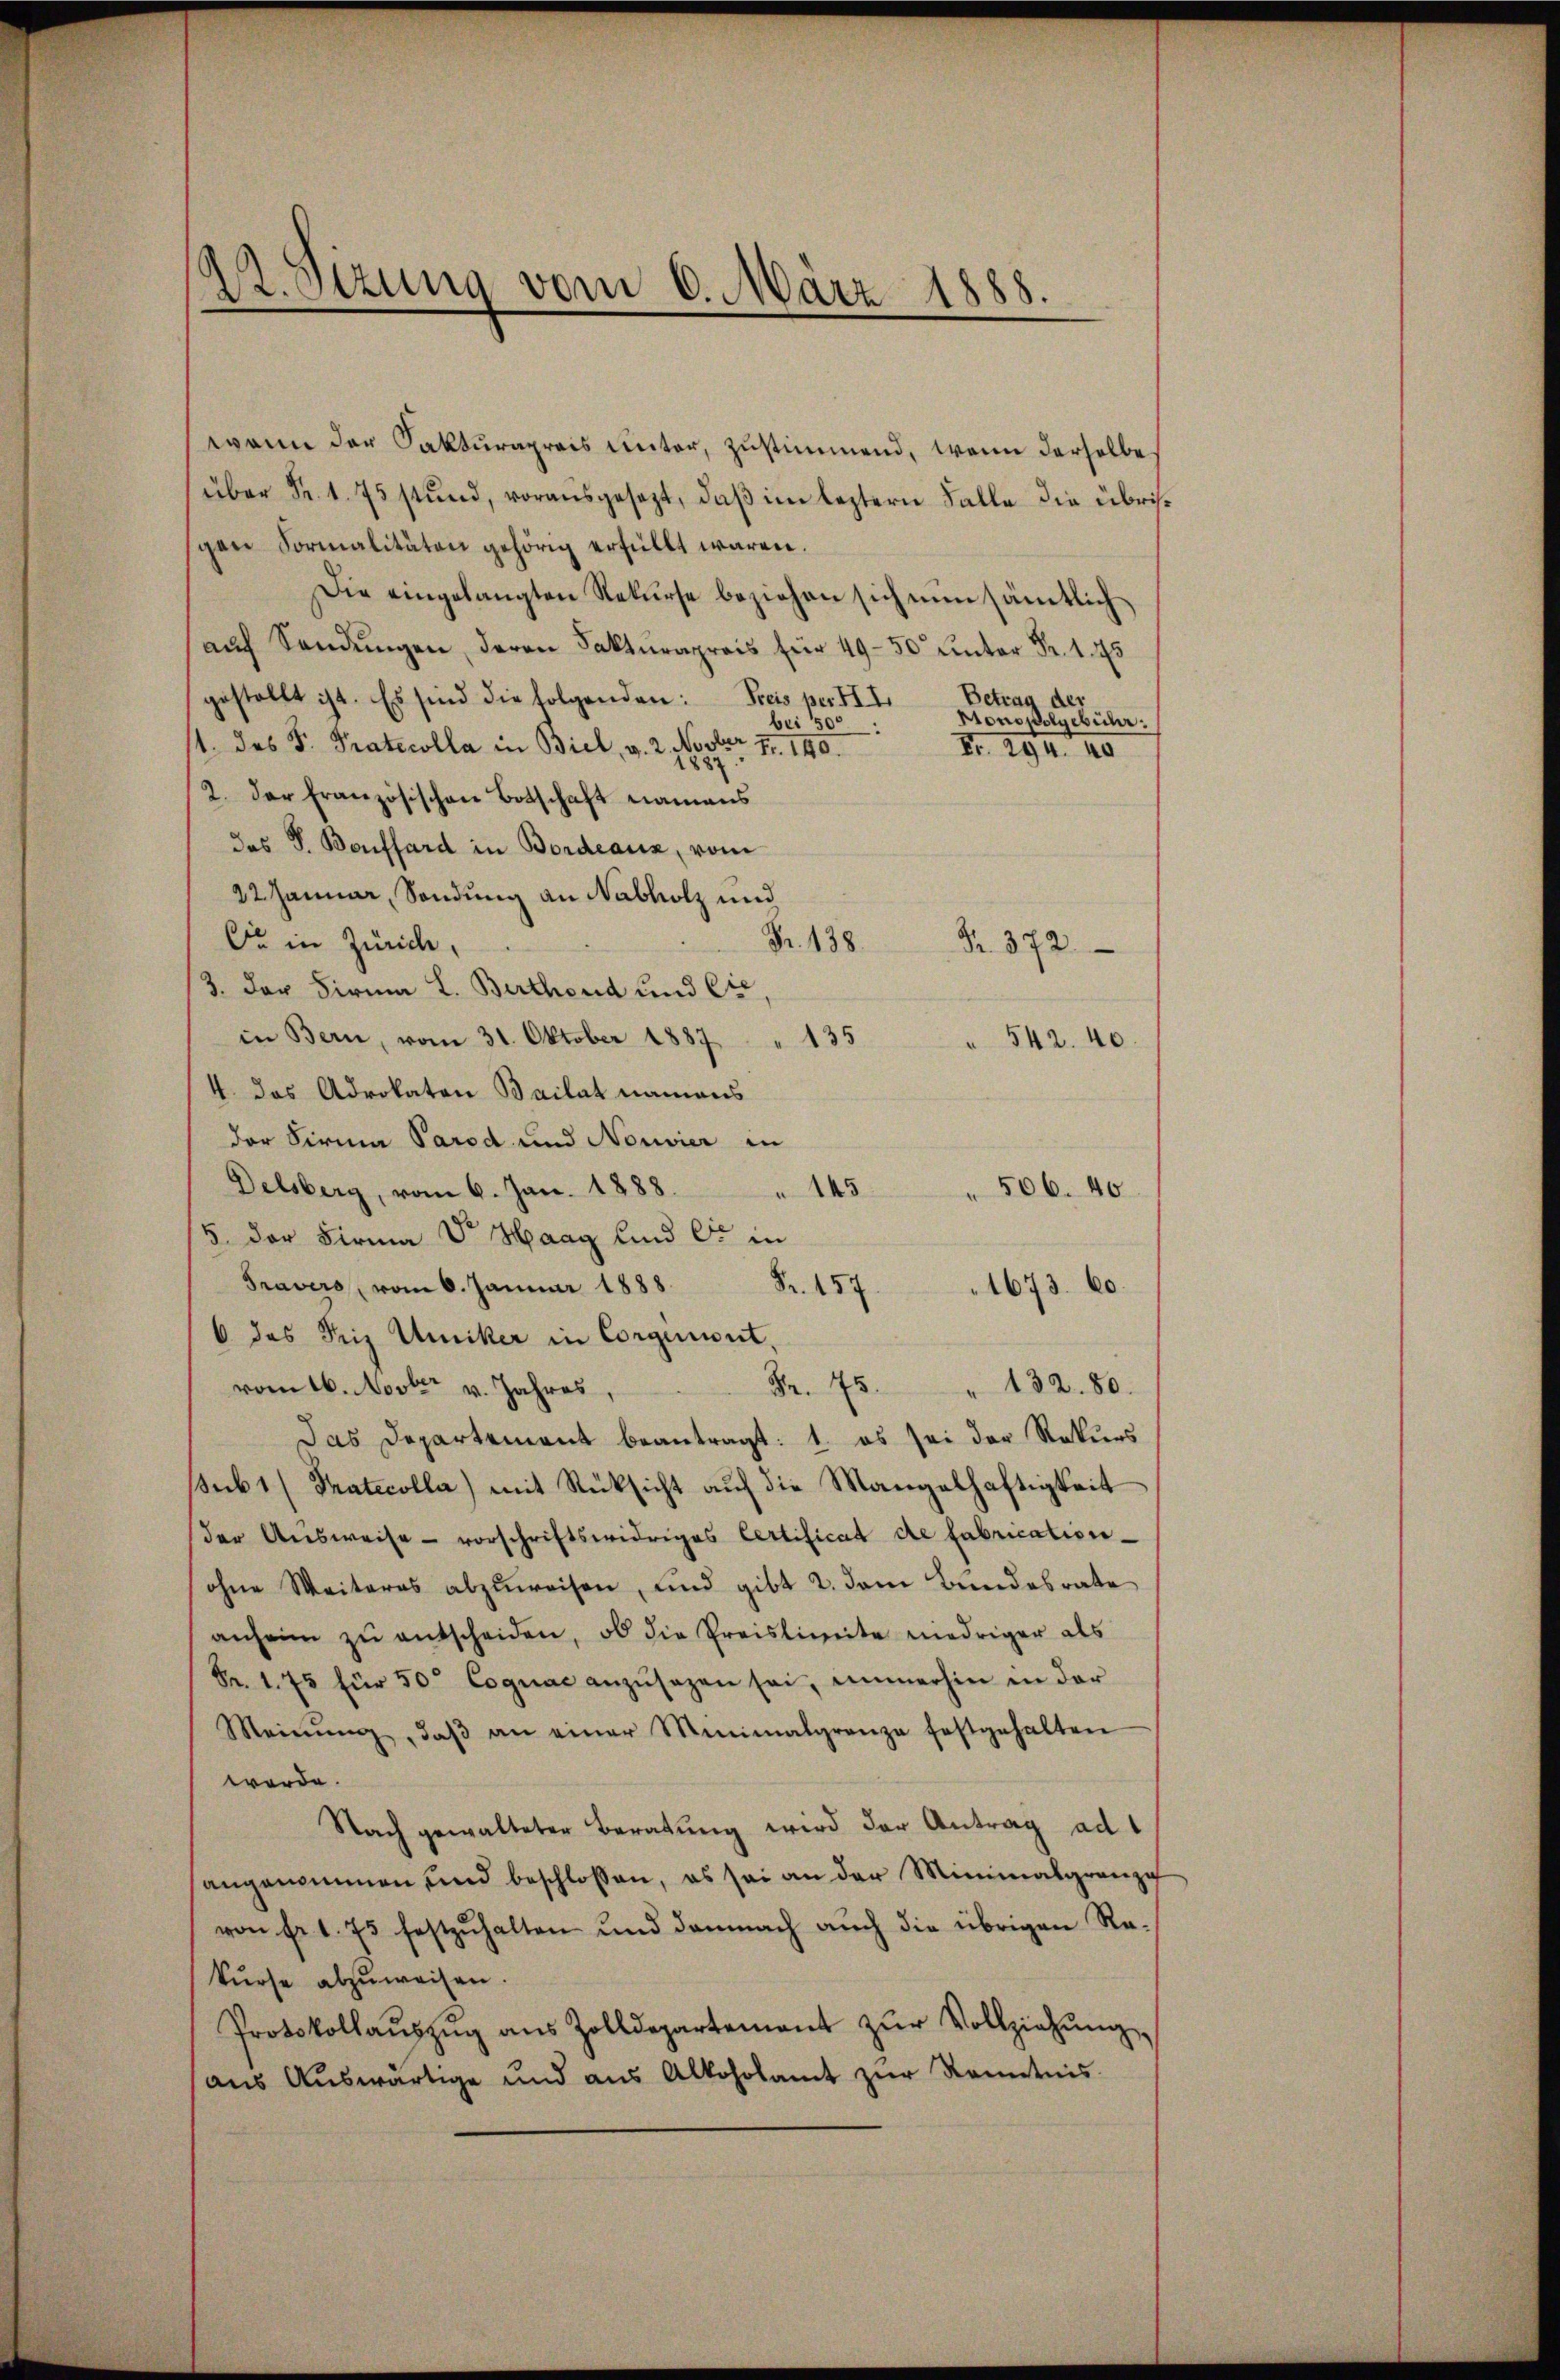
22. Sizung vom 6. März 1888

wann der Fakturapreis unter, zustimmend, wenn derselbe
über Fr. 1. 75 stund, vorausgesezt, daß im leztern Falle die übriggen Formalitäten gehörig erfüllt wären.
Die eingelangten Rekurse beziehen sich nun sämtlich
aŭf Sandŭngen, deren Fakturapreis für 49–50 unter Fr. 1. 45
Betrag der
gestellt ist. Es sind die folgenden: Freis per III.
Monopolgebühr.
bei 500
1. des F. Protocolla in Biel, v. 2. Nocter Fr. 140.
Nr. 294. 140
2. Der Französischen Botschaft namens
das P. Bonffard in Bordeaux, vom
22 Januar, Sendung an Nabholz und
Se in Zürich,
Fr. 138.
Nr. 372
3. der Firma L. Berthend und Cie,
in Bern, vom 31. Oktober 1887 " 135
 542. 40.
4. das Advokaten Bailat namens
der Firma Parod und Nouvier in
Delsberg, vom 6. Jan. 1888.
506. 40
145
/5. der Firma V. Haag sind er in
Travers, vom 6. Januar 1888 Fr. 157
1673. 60.
6 das Friz Umiker in Corgerint.
Fr. 75. " 132. 80.
vom 16. Novter v. Jahres
Das Departement beantragt: 1. es sei der Rekurs
sub 1 (Tratecolla) mit Rücksicht auf die Mangelhaftigkeit
der Aŭsweise - vorschriftswidriges Certificat de fabricationohne Weiteres abzŭweisen, und gibt 2. dem Bundesrate
anheim zŭ entscheiden, ob die Preislimite niedriger als
Fr. 175 für 50 Cognac anzŭsezen sei, immerhin in der
Meinŭng, daβ an einer Minimalgrenze festgehalten
werde.
Nach gewalteter Beratung wird der Antrag ad 1
angenommen und beschlossen, es sei an der Minimalgrenze
von fr. 1. 75 festzŭhalten und damnach aŭch die übrigen Re-
kurse abzuweisen.
Protokollaŭszŭg aŭs Zolldepartement zŭr Vollziehŭng
aŭs Aŭswärtige und aŭs Alkoholamt zŭr Kenntnis